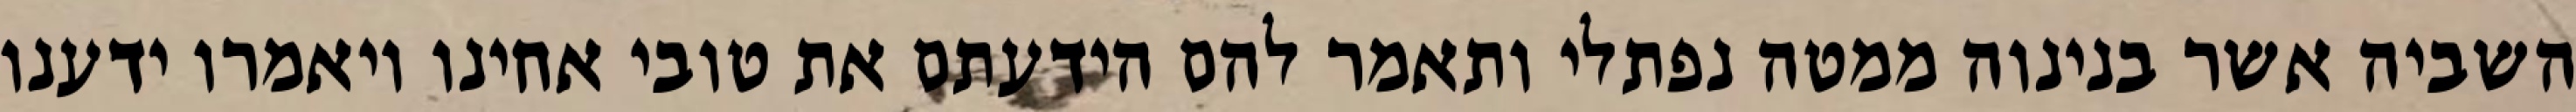
השביה אשר בנינוה ממטה נפתלי ותאמר להם הידעתם את טובי אחינו ויאמרו ידענו